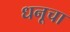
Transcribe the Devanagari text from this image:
धनूचा